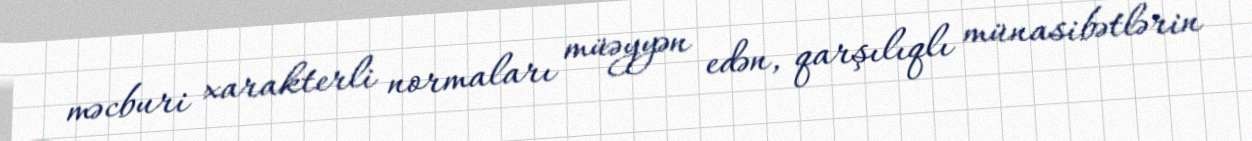
məcburi xarakterli normaları müəyyən edən, qarşılıqlı münasibətlərin